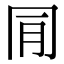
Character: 𠕔